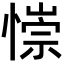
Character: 𢠄